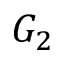
G _ { 2 }